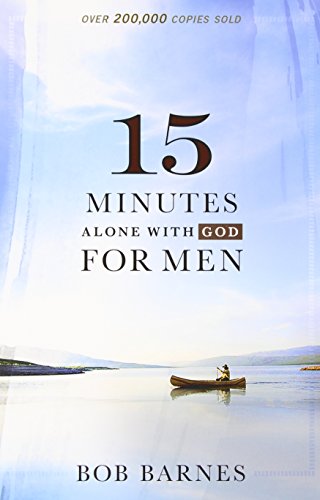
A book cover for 15 Minutes Alone with God for Men; Bob Barnes; Christian Books & Bibles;